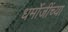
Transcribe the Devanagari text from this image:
धर्मोजींच्या